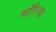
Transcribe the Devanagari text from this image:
मॉरेना